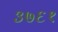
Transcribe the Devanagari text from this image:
३७६१